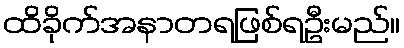
ထိခိုက်အနာတရဖြစ်ရဦးမည်။